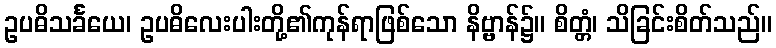
ဥပဓိသင်္ခယေ၊ ဥပဓိလေးပါးတို့၏ကုန်ရာဖြစ်သော နိဗ္ဗာန်၌။ စိတ္တံ၊ သိခြင်းစိတ်သည်။